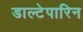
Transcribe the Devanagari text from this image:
डाल्टेपारिन